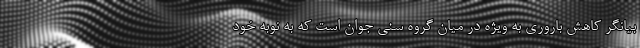
بیانگر کاهش باروری به ویژه در میان گروه سنی جوان است که به نوبه خود